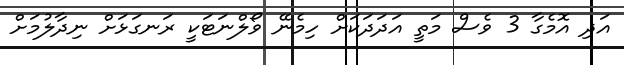
އަދި އޮމެގާ 3 ވެސް މަތީ އަދަދަކަށް ހިމެނޭ ވޯލްނަޓަކީ ރަނގަޅަށް ނިދާލުމަށް